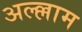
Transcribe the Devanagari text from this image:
अल्ल्लाम